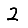
Digit: 2